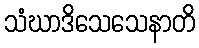
သံဃာဒိသေသေနာတိ